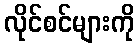
လိုင်စင်များကို